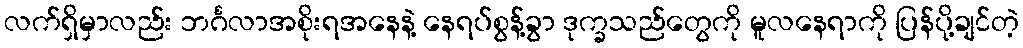
လက်ရှိမှာလည်း ဘင်္ဂလာအစိုးရအနေနဲ့ နေရပ်စွန့်ခွာ ဒုက္ခသည်တွေကို မူလနေရာကို ပြန်ပို့ချင်တဲ့